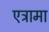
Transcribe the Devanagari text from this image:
एत्रामा